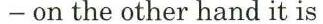
− on the other hand it is